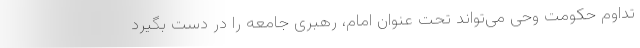
تداوم حکومت وحی می‌تواند تحت عنوان امام، رهبری جامعه را در دست بگیرد